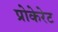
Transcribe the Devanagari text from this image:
प्रोकेरेट